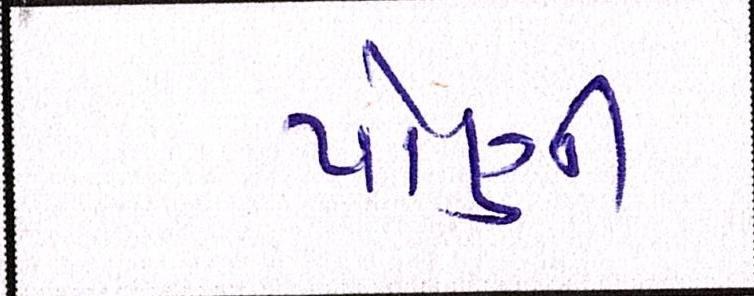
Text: પોંણી